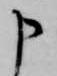
申